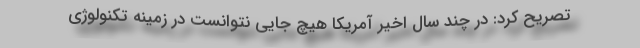
تصریح کرد: در چند سال اخیر آمریکا هیچ جایی نتوانست در زمینه تکنولوژی